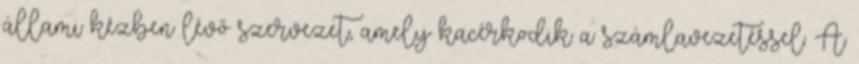
állami kézben lévő szervezet, amely kacérkodik a számlavezetéssel. A